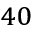
^ { 4 0 }